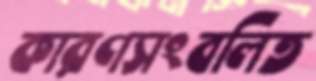
কারণসংবলিত